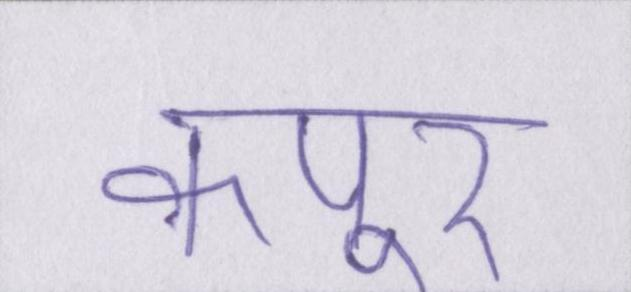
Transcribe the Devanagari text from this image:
कपूर